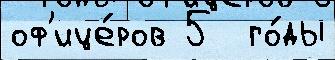
оф'ице́ров 5  го́ды